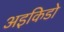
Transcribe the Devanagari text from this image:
अइकिडो